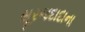
સૂરજદાદાના